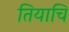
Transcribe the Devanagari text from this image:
तियाचि